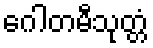
ဂေါတမီသုတ္တံ